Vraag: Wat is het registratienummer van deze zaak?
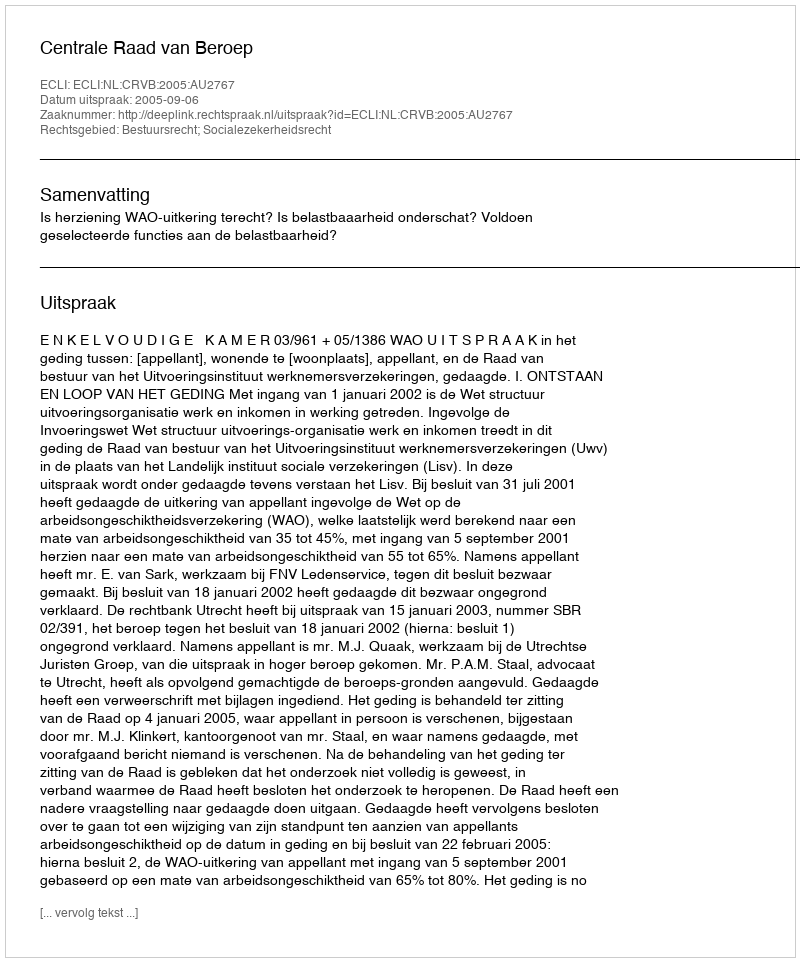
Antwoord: http://deeplink.rechtspraak.nl/uitspraak?id=ECLI:NL:CRVB:2005:AU2767